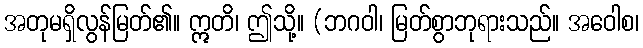
အတုမရှိလွန်မြတ်၏။ ဣတိ၊ ဤသို့။ (ဘဂဝါ၊ မြတ်စွာဘုရားသည်။ အဝေါစ၊